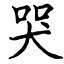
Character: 哭